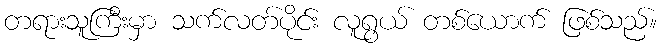
တရားသူကြီးမှာ သက်လတ်ပိုင်း လူရွယ် တစ်ယောက် ဖြစ်သည်။